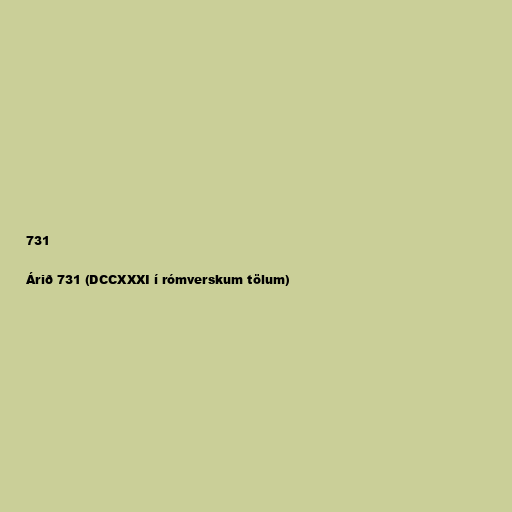
731

Árið 731 (DCCXXXI í rómverskum tölum)